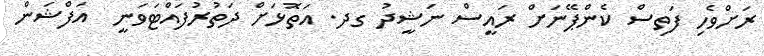
ރަށްވެހި ފަތިސް ކެންޕޭނަށް ރައީސް ނަޝީދު ގދ. އަތޮޅަށް ދަތުރުފައްޓަވަނީ  އަފްޝަން